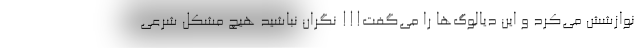
نوازشش مي‌کرد و اين ديالوگ‌ها را مي‌گفت!!! نگران نباشيد هيچ مشکل شرعي